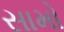
સામો